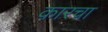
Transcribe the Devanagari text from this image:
कारचा